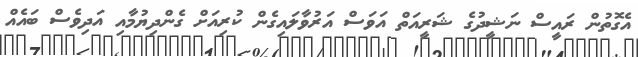
އެގޮތުން ރައީސް ނަޝީދުގެ ޝަރީއަތް އަވަސް އަރުވާލައިގެން ކުރިއަށް ގެންދިޔުމާއި އަދިވެސް ބައެއް